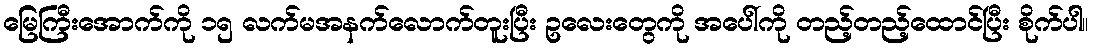
မြေကြီးအောက်ကို ၁၅ လက်မအနက်လောက်တူးပြီး ဥလေးတွေကို အပေါ်ကို တည့်တည့်ထောင်ပြီး စိုက်ပါ။